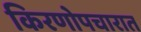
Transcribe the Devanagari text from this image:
किरणोपचारात